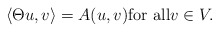
\begin{align*} \langle \Theta u,v\rangle=A(u,v){\rm for \,\,all}v\in V.\end{align*}